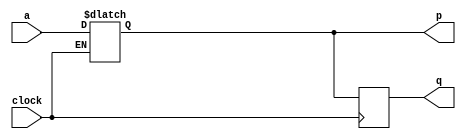
module top_module (
    input clock,
    input a,
    output reg p,
    output q );
always @(*) begin
    if (clock) begin
        p=a;
    end
    else begin
        p=p;
    end

end
always @(negedge clock ) begin
   q<=p;
end
endmodule